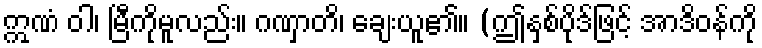
ဣဏံ ဝါ၊ မြီကိုမူလည်း။ ဂဏှာတိ၊ ချေးယူ၏။ (ဤနှစ်ပိုဒ်ဖြင့် အာဒိဝန်ကို